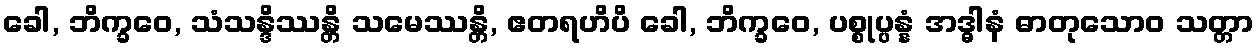
ခေါ, ဘိက္ခဝေ, သံသန္ဒိဿန္တိ သမေဿန္တိ, ဧတရဟိပိ ခေါ, ဘိက္ခဝေ, ပစ္စုပ္ပန္နံ အဒ္ဓါနံ ဓာတုသောဝ သတ္တာ